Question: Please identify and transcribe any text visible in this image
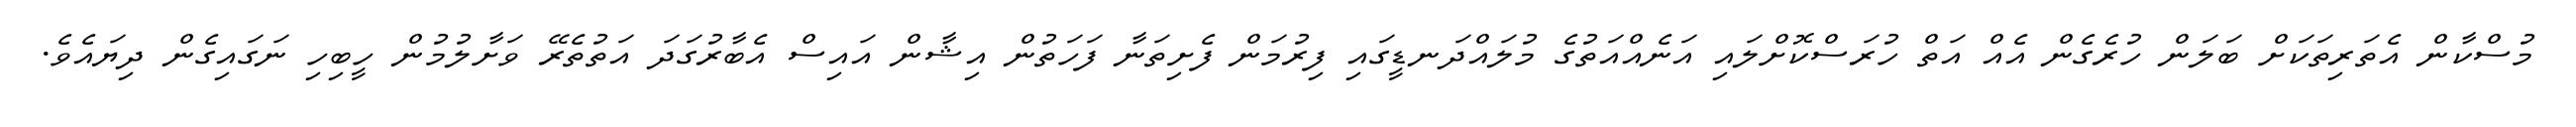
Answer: މުސްކާން އެތަރިތަކަށް ބަލަން ހުރެގެން އެއް އަތް ހުރަސްކޮށްލައި އަނެއްއަތުގެ މުލައްދަނޑީގައި ފިރުމަން ފެށިތަނާ ފަހަތުން އިޝާން އައިސް އެބާރުގަދަ އަތުތެރޭ ވަށާލުމުން ހީބިހި ނަގައިގެން ދިޔައެވެ.